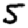
Digit: 5